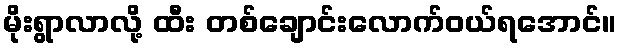
မိုးရွာလာလို့ ထီး တစ်ချောင်းလောက်ဝယ်ရအောင်။